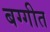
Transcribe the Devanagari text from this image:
बग्गीत